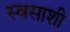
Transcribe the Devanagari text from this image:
स्वसाशी